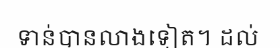
ទាន់បានលាងទៀត។ ដល់